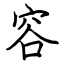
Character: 容